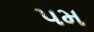
પમ